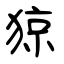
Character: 猄